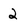
Character: 2